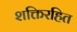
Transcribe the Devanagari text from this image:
शक्तिरहित